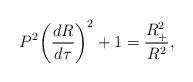
LaTeX: \begin{align*}P^2\bigg(\frac{dR}{d\tau}\bigg)^2 + 1 = \frac{R^2_+}{R^2},\end{align*}